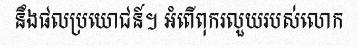
នឹងផលប្រយោជន៍។ អំពើពុករលួយរបស់លោក